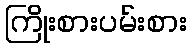
ကြိုးစားပမ်းစား